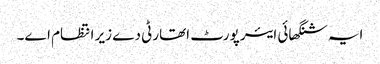
ایہ شنگھائی ایئر پورٹ اتھارٹی دے زیر انتظام ا‏‏ے۔